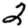
Digit: 2